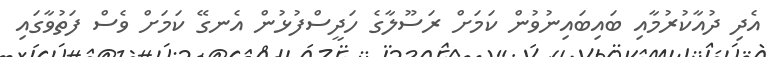
އެދި ދުއާކުރުމާއި ބައިބައިނުވުން ކަމަށް ރަސޫލާގެ ހަދީސްފުޅުން އެނގޭ ކަމަށް ވެސް ފަތުވާގައި